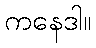
ကနေဒါ။